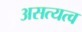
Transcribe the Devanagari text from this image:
असत्यत्व